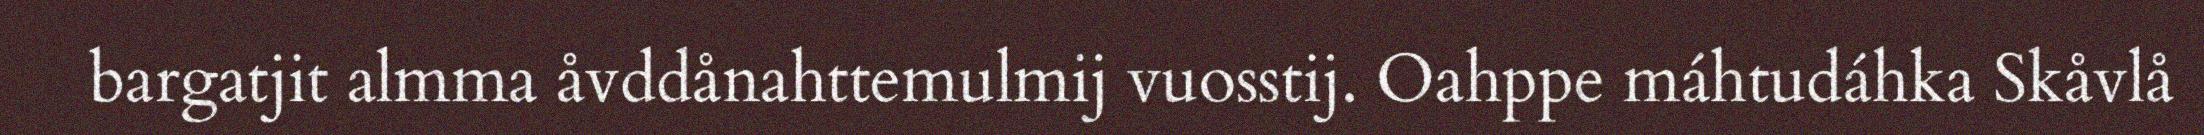
bargatjit almma åvddånahttemulmij vuosstij. Oahppe máhtudáhka Skåvlå